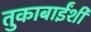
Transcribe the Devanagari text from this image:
तुकाबाईंशी